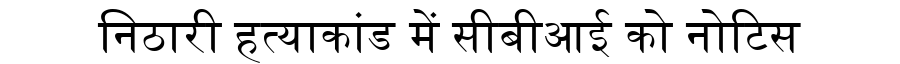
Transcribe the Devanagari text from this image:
निठारी हत्याकांड में सीबीआई को नोटिस